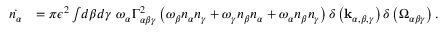
\begin{array} { r l } { \dot { n _ { \alpha } } } & { = \pi \epsilon ^ { 2 } \int \! d \beta d \gamma \ \omega _ { \alpha } \Gamma _ { \alpha \beta \gamma } ^ { 2 } \left( \omega _ { \beta } n _ { \alpha } n _ { \gamma } + \omega _ { \gamma } n _ { \beta } n _ { \alpha } + \omega _ { \alpha } n _ { \beta } n _ { \gamma } \right) \delta \left( \mathbf { k } _ { \alpha , \beta , \gamma } \right) \delta \left( \Omega _ { \alpha \beta \gamma } \right) . } \end{array}